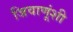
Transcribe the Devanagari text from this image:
जिवाणूंशी